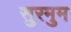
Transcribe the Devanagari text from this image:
सुरमुम